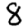
Digit: 8